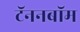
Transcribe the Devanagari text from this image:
टॅननबॉम